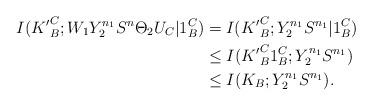
LaTeX: \begin{align*}I({K'}_B^C;W_1Y_2^{n_1}S^n\Theta_2U_C|1_B^C)&\stackrel{}{=} I({K'}_B^C;Y_2^{n_1}S^{n_1}|1_B^C)\\&\leq I({K'}_B^C1_B^C;Y_2^{n_1}S^{n_1})\\&\leq I({K}_B;Y_2^{n_1}S^{n_1}).\end{align*}